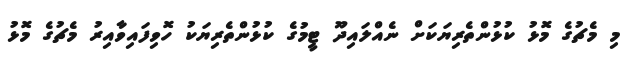
މި މެޗުގެ މޮޅު ކުޅުންތެރިޔަކަށް ނެއްލައިދޫ ޓީމުގެ ކުޅުންތެރިޔަކު ހޮވިފައިވާއިރު މެޗުގެ މޮޅު